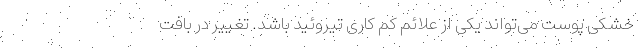
خشکی پوست می‌تواند یکی از علائم کم کاری تیروئید باشد. تغییر در بافت